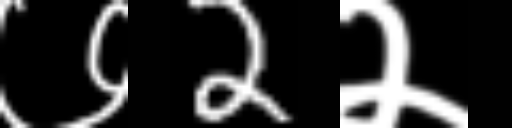
Text: ७2२